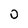
Character: 0